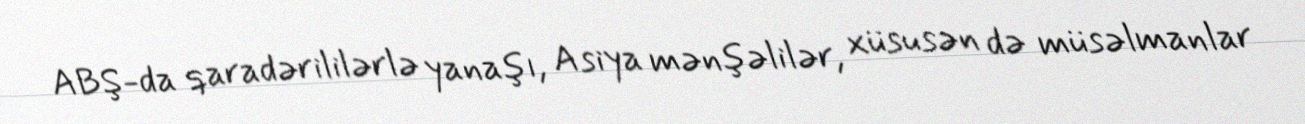
ABŞ-da qaradərililərlə yanaşı, Asiya mənşəlilər, xüsusən də müsəlmanlar